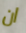
ان